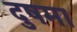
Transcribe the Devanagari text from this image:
दुषमा